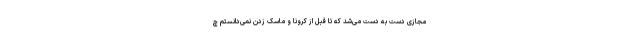
مجازی دست به دست می‌شد که تا قبل از کرونا و ماسک زدن نمی‌دانستم چ